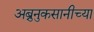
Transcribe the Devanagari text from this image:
अब्रुनुकसानीच्या